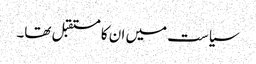
سیاست میں ان کا مستقبل تھا۔